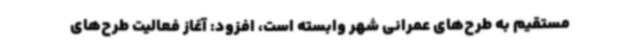
مستقیم به طرح‌های عمرانی شهر وابسته است، افزود: آغاز فعالیت طرح‌های